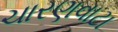
ચારણવાટા